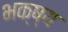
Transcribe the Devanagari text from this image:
भक्ष्‍य